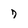
Character: 7